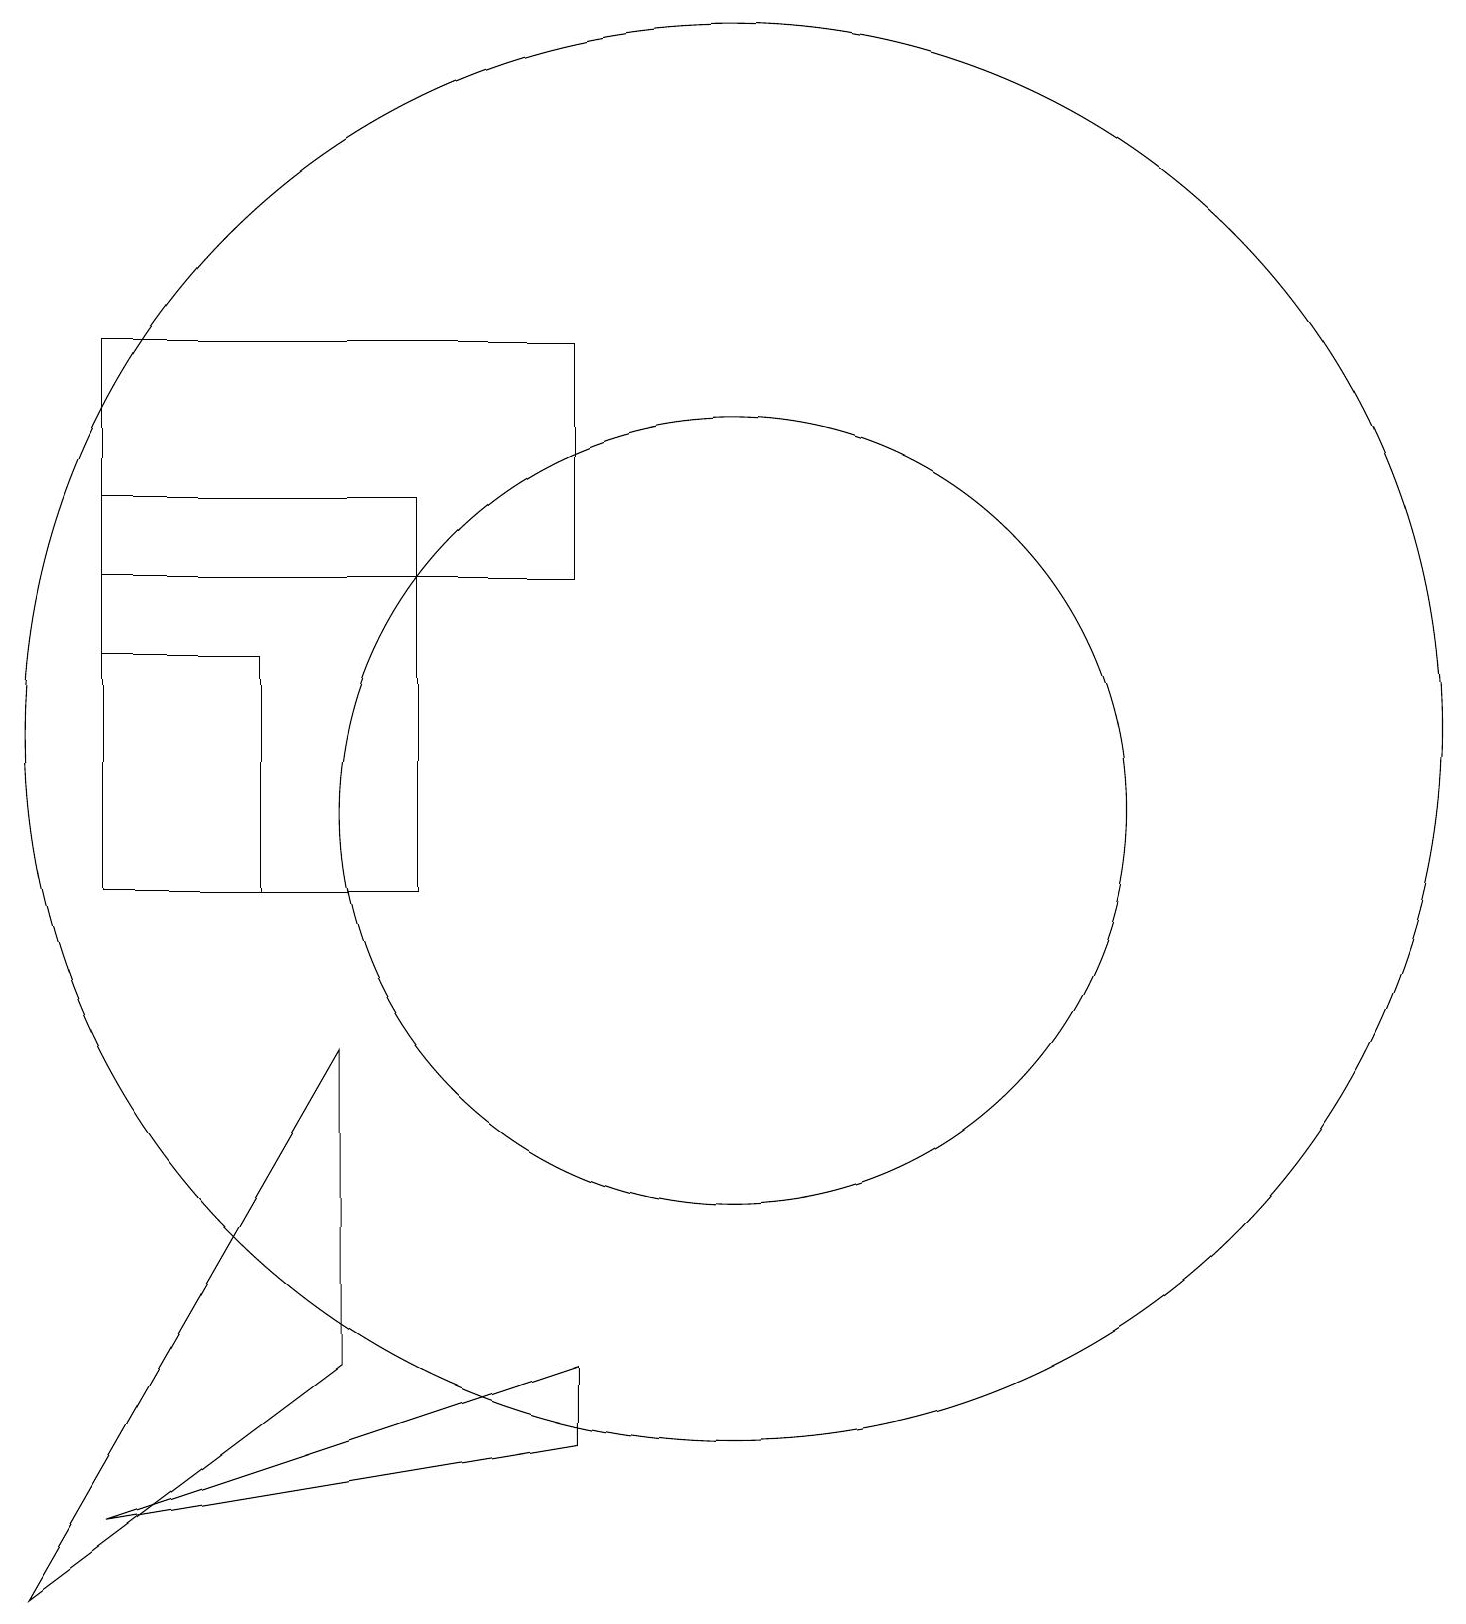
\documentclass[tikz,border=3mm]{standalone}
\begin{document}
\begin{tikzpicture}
\draw (6,10) rectangle (2,15);
\draw (1,1) -- (5,4) -- (5,8) -- cycle;
\draw (10,12) circle (9);
\draw (10,11) circle (5);
\draw (4,13) rectangle (2,10);
\draw (2,17) rectangle (8,14);
\draw (8,3) -- (2,2) -- (8,4) -- cycle;
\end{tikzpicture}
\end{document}